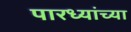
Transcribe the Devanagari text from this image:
पारध्यांच्या